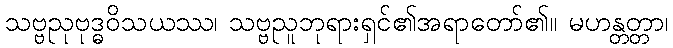
သဗ္ဗညုဗုဒ္ဓဝိသယဿ၊ သဗ္ဗညူဘုရားရှင်၏အရာတော်၏။ မဟန္တတ္တာ၊